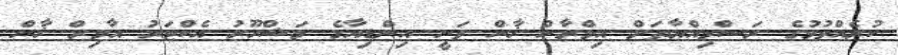
ކުރެއްވުމުގެ ރަސްމިއްޔާތަށް އިމްރާން ޚާން ވަނީ އިންޑިއާގެ މަޝްހޫރު އެކްޓަރު އާމިރް ޚާން